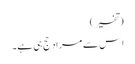
(تفسیر)
اِس سے مراد حج ہی ہے۔